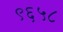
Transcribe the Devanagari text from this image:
९६५८